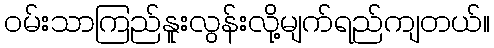
ဝမ်းသာကြည်နူးလွန်းလို့မျက်ရည်ကျတယ်။